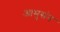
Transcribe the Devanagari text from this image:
आमुसंन